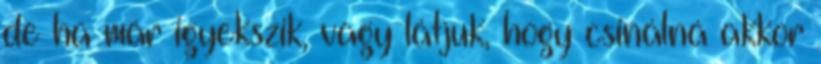
de ha már igyekszik, vagy látjuk, hogy csinálná akkor